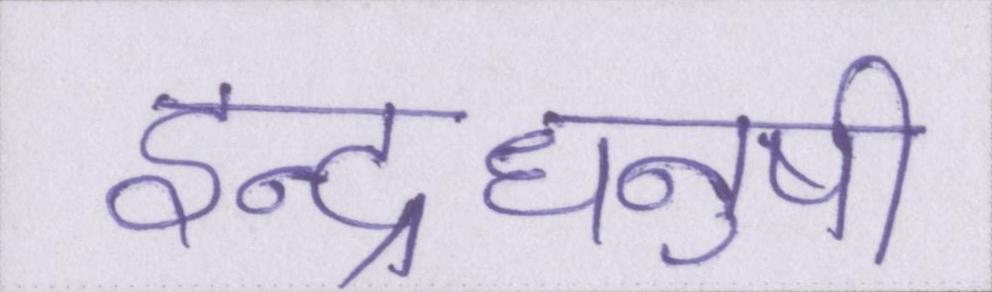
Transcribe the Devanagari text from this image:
इन्द्रधनुषी